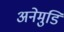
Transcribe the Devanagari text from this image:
अनेमुडि